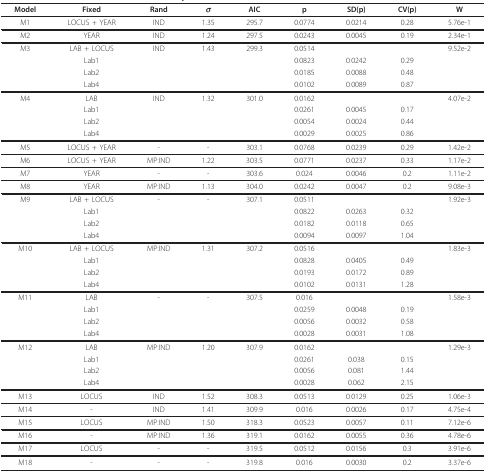
<table><thead><tr><td><b>Model</b></td><td><b>Fixed</b></td><td><b>Rand</b></td><td><b><i>σ</i></b></td><td><b>AIC</b></td><td><b>p</b></td><td><b>SD(p)</b></td><td><b>CV(p)</b></td><td><b>W</b></td></tr></thead><tbody><tr><td>M1</td><td>LOCUS + YEAR</td><td>IND</td><td>1.35</td><td>295.7</td><td>0.0774</td><td>0.0214</td><td>0.28</td><td>5.76e-1</td></tr><tr><td>M2</td><td>YEAR</td><td>IND</td><td>1.24</td><td>297.5</td><td>0.0243</td><td>0.0045</td><td>0.19</td><td>2.34e-1</td></tr><tr><td>M3</td><td>LAB + LOCUS</td><td>IND</td><td>1.43</td><td>299.3</td><td>0.0514</td><td></td><td></td><td>9.52e-2</td></tr><tr><td></td><td>Lab1</td><td></td><td></td><td></td><td>0.0823</td><td>0.0242</td><td>0.29</td><td></td></tr><tr><td></td><td>Lab2</td><td></td><td></td><td></td><td>0.0185</td><td>0.0088</td><td>0.48</td><td></td></tr><tr><td></td><td>Lab4</td><td></td><td></td><td></td><td>0.0102</td><td>0.0089</td><td>0.87</td><td></td></tr><tr><td>M4</td><td>LAB</td><td>IND</td><td>1.32</td><td>301.0</td><td>0.0162</td><td></td><td></td><td>4.07e-2</td></tr><tr><td></td><td>Lab1</td><td></td><td></td><td></td><td>0.0261</td><td>0.0045</td><td>0.17</td><td></td></tr><tr><td></td><td>Lab2</td><td></td><td></td><td></td><td>0.0054</td><td>0.0024</td><td>0.44</td><td></td></tr><tr><td></td><td>Lab4</td><td></td><td></td><td></td><td>0.0029</td><td>0.0025</td><td>0.86</td><td></td></tr><tr><td>M5</td><td>LOCUS + YEAR</td><td>-</td><td>-</td><td>303.1</td><td>0.0768</td><td>0.0239</td><td>0.29</td><td>1.42e-2</td></tr><tr><td>M6</td><td>LOCUS + YEAR</td><td>MP:IND</td><td>1.22</td><td>303.5</td><td>0.0771</td><td>0.0237</td><td>0.33</td><td>1.17e-2</td></tr><tr><td>M7</td><td>YEAR</td><td>-</td><td>-</td><td>303.6</td><td>0.024</td><td>0.0046</td><td>0.2</td><td>1.11e-2</td></tr><tr><td>M8</td><td>YEAR</td><td>MP:IND</td><td>1.13</td><td>304.0</td><td>0.0242</td><td>0.0047</td><td>0.2</td><td>9.08e-3</td></tr><tr><td>M9</td><td>LAB + LOCUS</td><td>-</td><td>-</td><td>307.1</td><td>0.0511</td><td></td><td></td><td>1.92e-3</td></tr><tr><td></td><td>Lab1</td><td></td><td></td><td></td><td>0.0822</td><td>0.0263</td><td>0.32</td><td></td></tr><tr><td></td><td>Lab2</td><td></td><td></td><td></td><td>0.0182</td><td>0.0118</td><td>0.65</td><td></td></tr><tr><td></td><td>Lab4</td><td></td><td></td><td></td><td>0.0094</td><td>0.0097</td><td>1.04</td><td></td></tr><tr><td>M10</td><td>LAB + LOCUS</td><td>MP:IND</td><td>1.31</td><td>307.2</td><td>0.0516</td><td></td><td></td><td>1.83e-3</td></tr><tr><td></td><td>Lab1</td><td></td><td></td><td></td><td>0.0828</td><td>0.0405</td><td>0.49</td><td></td></tr><tr><td></td><td>Lab2</td><td></td><td></td><td></td><td>0.0193</td><td>0.0172</td><td>0.89</td><td></td></tr><tr><td></td><td>Lab4</td><td></td><td></td><td></td><td>0.0102</td><td>0.0131</td><td>1.28</td><td></td></tr><tr><td>M11</td><td>LAB</td><td>-</td><td>-</td><td>307.5</td><td>0.016</td><td></td><td></td><td>1.58e-3</td></tr><tr><td></td><td>Lab1</td><td></td><td></td><td></td><td>0.0259</td><td>0.0048</td><td>0.19</td><td></td></tr><tr><td></td><td>Lab2</td><td></td><td></td><td></td><td>0.0056</td><td>0.0032</td><td>0.58</td><td></td></tr><tr><td></td><td>Lab4</td><td></td><td></td><td></td><td>0.0028</td><td>0.0031</td><td>1.08</td><td></td></tr><tr><td>M12</td><td>LAB</td><td>MP:IND</td><td>1.20</td><td>307.9</td><td>0.0162</td><td></td><td></td><td>1.29e-3</td></tr><tr><td></td><td>Lab1</td><td></td><td></td><td></td><td>0.0261</td><td>0.038</td><td>0.15</td><td></td></tr><tr><td></td><td>Lab2</td><td></td><td></td><td></td><td>0.0056</td><td>0.081</td><td>1.44</td><td></td></tr><tr><td></td><td>Lab4</td><td></td><td></td><td></td><td>0.0028</td><td>0.062</td><td>2.15</td><td></td></tr><tr><td>M13</td><td>LOCUS</td><td>IND</td><td>1.52</td><td>308.3</td><td>0.0513</td><td>0.0129</td><td>0.25</td><td>1.06e-3</td></tr><tr><td>M14</td><td>-</td><td>IND</td><td>1.41</td><td>309.9</td><td>0.016</td><td>0.0026</td><td>0.17</td><td>4.75e-4</td></tr><tr><td>M15</td><td>LOCUS</td><td>MP:IND</td><td>1.50</td><td>318.3</td><td>0.0523</td><td>0.0057</td><td>0.11</td><td>7.12e-6</td></tr><tr><td>M16</td><td>-</td><td>MP:IND</td><td>1.36</td><td>319.1</td><td>0.0162</td><td>0.0055</td><td>0.36</td><td>4.78e-6</td></tr><tr><td>M17</td><td>LOCUS</td><td>-</td><td>-</td><td>319.5</td><td>0.0512</td><td>0.0156</td><td>0.3</td><td>3.91e-6</td></tr><tr><td>M18</td><td>-</td><td>-</td><td>-</td><td>319.8</td><td>0.016</td><td>0.0030</td><td>0.2</td><td>3.37e-6</td></tr></tbody></table>